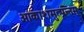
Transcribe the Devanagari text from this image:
आकाशमुत्पन्नम्‌